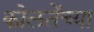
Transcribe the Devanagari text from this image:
कोलतेंच्या